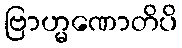
ဗြာဟ္မဏောတိပိ